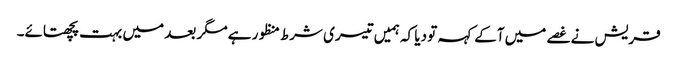
قریش نے غصے میں آکے کہہ تو دیا کہ ہمیں تیسری شرط منظور ہے مگر بعد میں بہت پچھتائے۔